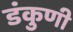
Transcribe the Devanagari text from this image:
डंकुणी